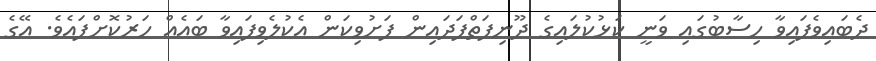
ދެބައިވެފައިވާ ހިސާބުގައި ވަނީ ކަޅުކުލައިގެ ދޫނިފަތްފަދައިން ފަށުވިކަން އެކުލެވިފައިވާ ބައެއް ހަރުކޮށްފައެވެ. އޭގެ